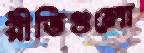
রীতিগুলো